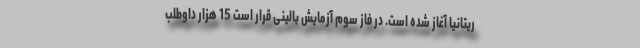
ریتانیا آغاز شده است. در فاز سوم آزمایش بالینی قرار است 15 هزار داوطلب